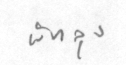
พัทลุง